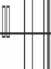
٢٣